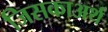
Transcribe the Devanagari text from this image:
जिसकाअर्थ